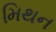
મિથન